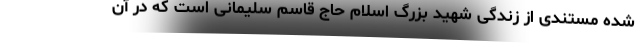
شده مستندی از زندگی شهید بزرگ اسلام حاج قاسم سلیمانی است که در آن